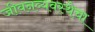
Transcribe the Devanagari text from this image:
जीवनव्यवस्थेचा